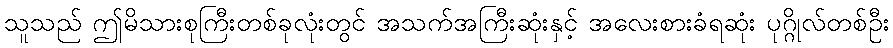
သူသည် ဤမိသားစုကြီးတစ်ခုလုံးတွင် အသက်အကြီးဆုံးနှင့် အလေးစားခံရဆုံး ပုဂ္ဂိုလ်တစ်ဦး